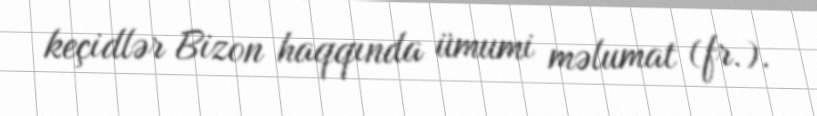
keçidlər Bizon haqqında ümumi məlumat (fr.).